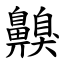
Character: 齅